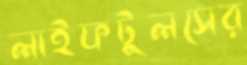
লাইফটুলসের